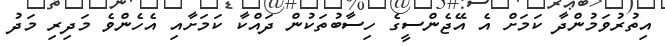
އިތުރުވަމުންދާ ކަމަށް އެ އޭޖެންސީގެ ހިސާބުތަކުން ދައްކާ ކަމަށާއި އެހެންވެ މަދިރި މަދު